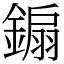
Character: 䥇